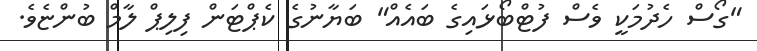
"ގޯސްް ހެދުމަކީ ވެސް ފުޓްބޯޅައިގެ ބައެއް" ބަޔާނުގެ ކެޕްޓަން ފިލިޕް ލާމް ބުންޏެވެ.